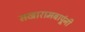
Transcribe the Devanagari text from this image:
सखारामबापूंनी